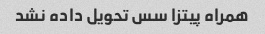
همراه پیتزا سس تحویل داده نشد